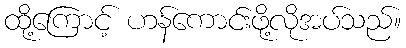
ထို့ကြောင့် ဟန်ကောင်းဖို့လိုအပ်သည်။